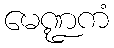
မေဏ္ဍကံ